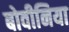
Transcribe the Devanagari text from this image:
बोवीनिया